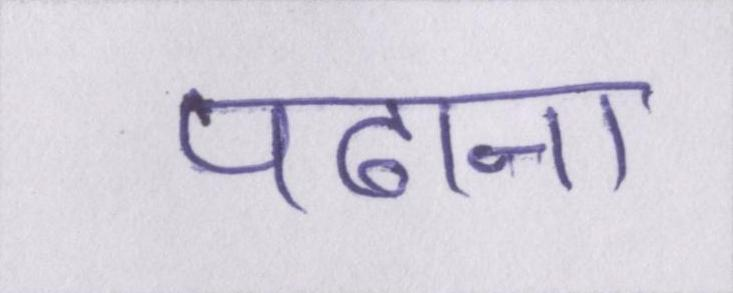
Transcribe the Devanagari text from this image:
पढाना